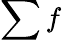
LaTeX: \sum f